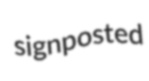
signposted